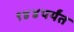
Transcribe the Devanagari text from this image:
९४४पर्यंत